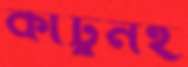
কার্টুনই